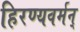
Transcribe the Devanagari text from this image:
हिरण्यवर्मन्